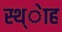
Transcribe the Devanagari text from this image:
स्थ्ेाह